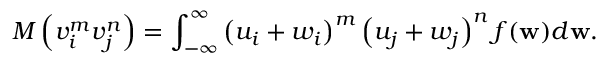
M \left( v _ { i } ^ { m } v _ { j } ^ { n } \right) = \int _ { - \infty } ^ { \infty } \left( u _ { i } + w _ { i } \right) ^ { m } \left( u _ { j } + w _ { j } \right) ^ { n } f ( \mathbf { w } ) d \mathbf { w } .